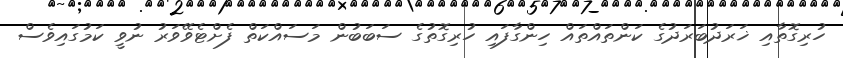
ހުރިގޮތާއި ޚަރަދުބަރަދުގެ ކަންތައްތައް ހިންގާފައި ހުރިގޮތުގެ ސަބަބުން މަސައްކަތް ފެށްޓެވޭވަރު ނުވީ ކަމުގައިވެސް